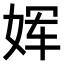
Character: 𫝨